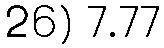
26) 7.77